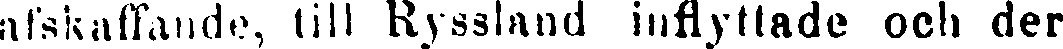
afskaffande, till Ryssland inflyttade och der